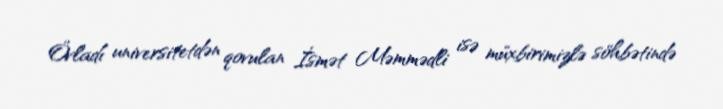
Övladı universitetdən qovulan İsmət Məmmədli isə müxbirimizlə söhbətində